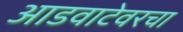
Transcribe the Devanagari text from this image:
आडवाटेवरचा